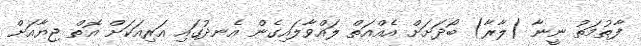
ފާތުމަތު ނީނާ (ލާރާ) ބޯދަށަށް އެއްއަތް ލައްވާލައިގެން އެނދުގައި އަރިއަކަށް އޮތް ޖިޔާއަށް